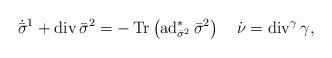
LaTeX: \begin{align*}\dot{\bar{\sigma}}^1+\operatorname{div}\bar\sigma^2=-\operatorname{Tr}\left(\operatorname{ad}^*_{\bar\sigma^2}\bar\sigma^2\right)\quad\dot\nu=\operatorname{div}^\gamma\gamma,\end{align*}